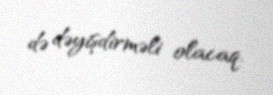
də dəyişdirməli olacaq.